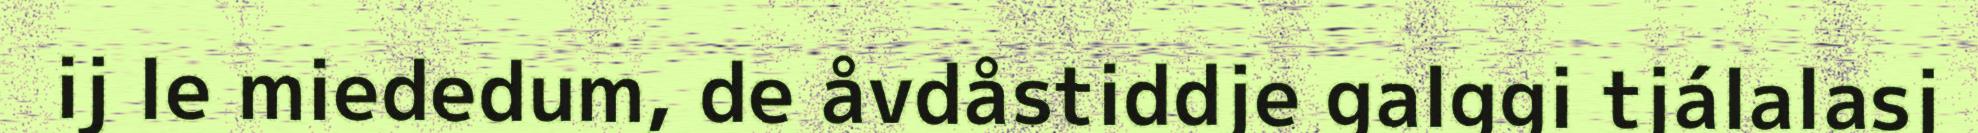
ij le miededum, de åvdåstiddje galggi tjálalasj